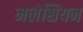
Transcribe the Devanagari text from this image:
मलेसियन